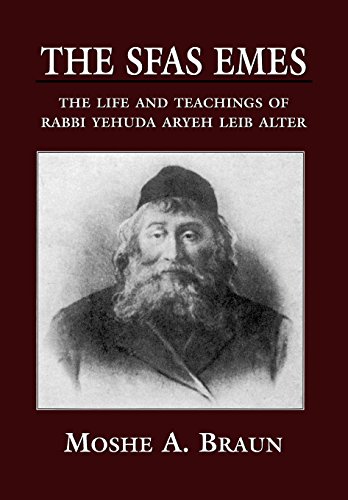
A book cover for The Sfas Emes: The Life and Teachings of Rabbi Yehudah Aryeh Leib Alter; Moshe A. Brown; Religion & Spirituality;